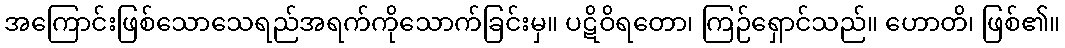
အကြောင်းဖြစ်သောသေရည်အရက်ကိုသောက်ခြင်းမှ။ ပဋိဝိရတော၊ ကြဉ်ရှောင်သည်။ ဟောတိ၊ ဖြစ်၏။